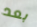
بعد